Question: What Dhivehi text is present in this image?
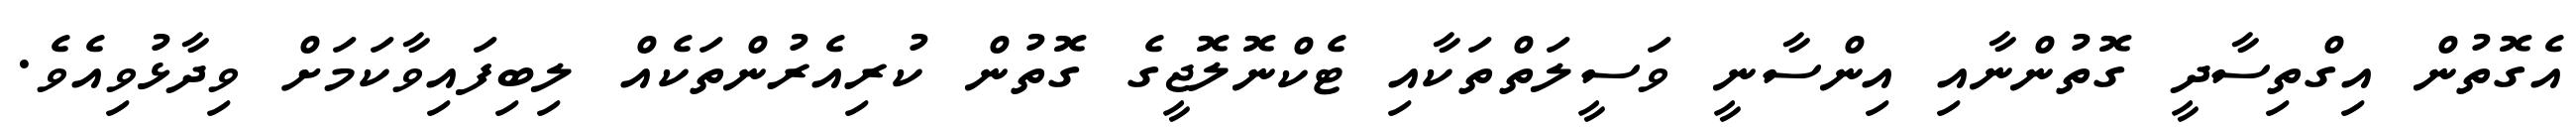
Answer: އެގޮތުން އިގްތިސާދީ ގޮތުންނާއި އިންސާނީ ވަސީލަތްތަކާއި ޓެކްނޮލޮޖީގެ ގޮތުން ކުރިއެރުންތަކެއް ލިބިފައިވާކަމަށް ވިދާޅުވިއެވެ.